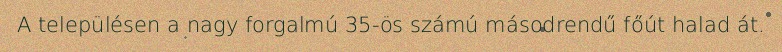
A településen a nagy forgalmú 35-ös számú másodrendű főút halad át.